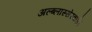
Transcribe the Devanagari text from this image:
अल्ब्लास्सेरवार्ड।